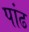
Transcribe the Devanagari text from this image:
पांढ